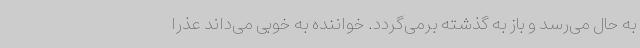
به حال می‌رسد و باز به گذشته برمی‌گردد. خواننده به خوبی می‌داند عذرا